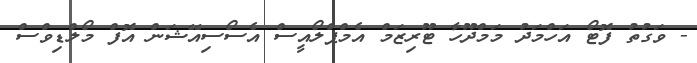
- ވަގުތު ފޮޓޯ އަހްމަދު މަމްދޫހާ ޓޫރިޒަމް އެމްޕްލޯއީސް އެސޯސިއޭޝަން އޮފް މޯލްޑިވްސް